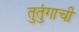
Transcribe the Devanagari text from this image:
तुतुंगाची